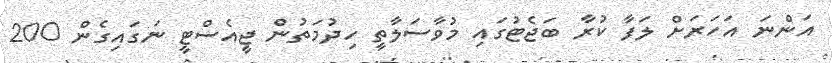
އަންނަ އަހަރަށް ލަފާ ކުރާ ބަޖެޓުގައި މުވާސަލާތީ ހިދުމަތުން ޖީއެސްޓީ ނަގައިގެން 200